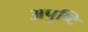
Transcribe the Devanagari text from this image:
अपुष्टि